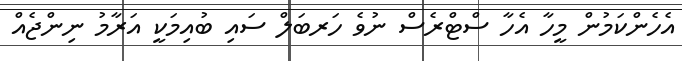
އެހެންކަމުން މީހާ އެހާ ސްޓްރެސް ނުވެ ހަރބަލް ސައި ބުއިމަކީ އަރާމު ނިންޖެއް